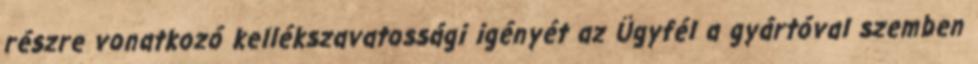
részre vonatkozó kellékszavatossági igényét az Ügyfél a gyártóval szemben